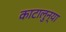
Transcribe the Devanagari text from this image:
काटालुन्या